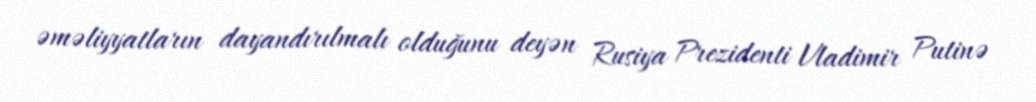
əməliyyatların dayandırılmalı olduğunu deyən Rusiya Prezidenti Vladimir Putinə